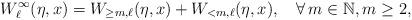
LaTeX: \begin{align*} W_\ell^\infty(\eta,x)=W_{\geq m,\ell}(\eta,x)+W_{<m,\ell}(\eta,x),\quad\forall\, m\in\mathbb{N}, m\geq 2,\end{align*}